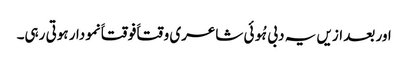
اور بعد ازیں یہ دبی ہُوئی شاعری وقتاََ فوقتاََ نمودار ہوتی رہی۔